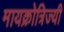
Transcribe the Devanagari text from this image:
मायक्रोत्रिज्यी